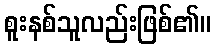
စူးနစ်သူလည်းဖြစ်၏။